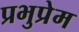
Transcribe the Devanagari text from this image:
प्रभुप्रेम